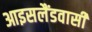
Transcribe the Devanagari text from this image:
आइसलैंडवासी